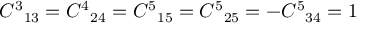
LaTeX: { C ^ { 3 } } _ { 1 3 } = { C ^ { 4 } } _ { 2 4 } = { C ^ { 5 } } _ { 1 5 } = { C ^ { 5 } } _ { 2 5 } = - { C ^ { 5 } } _ { 3 4 } = 1